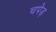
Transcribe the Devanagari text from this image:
चपेड़